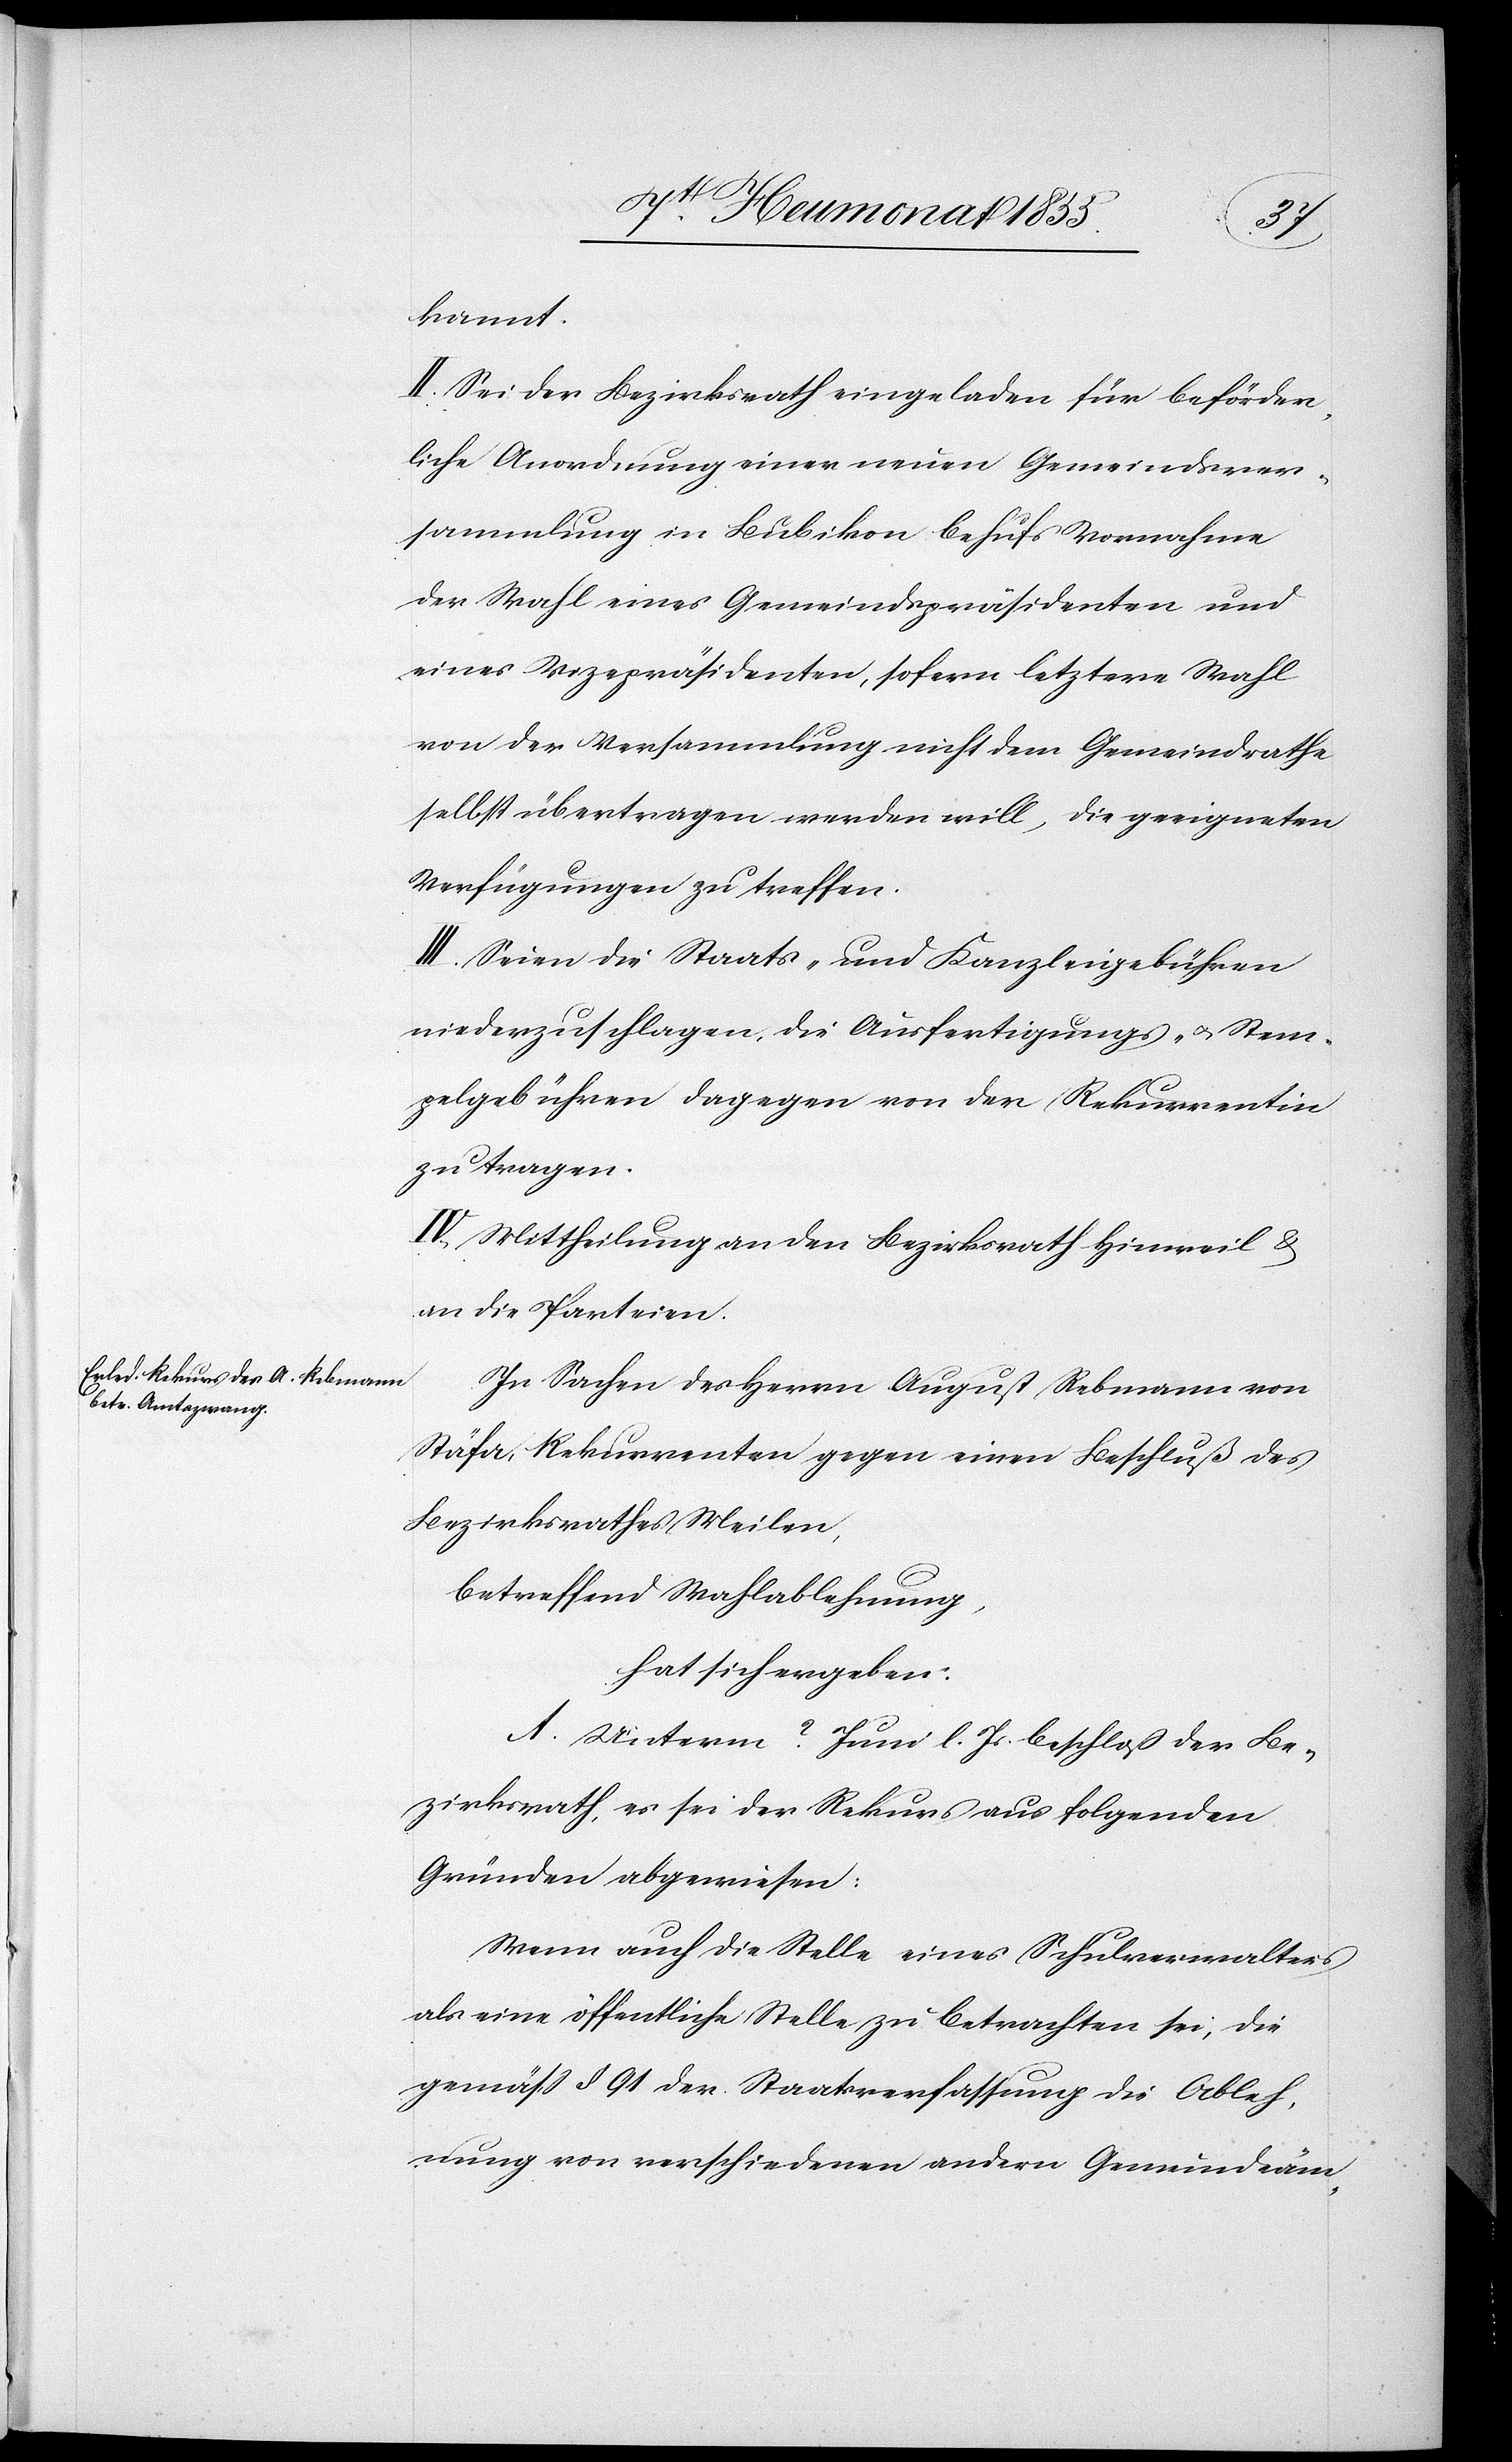
kannt.
II. Sei der Bezirksrath eingeladen für beförder¬
liche Anordnung einer neuen Gemeindsver¬
sammlung in Bubikon behufs Vornahme
der Wahl eines Gemeindspräsidenten und
eines Vizepräsidenten, sofern letztere Wahl
von der Versammlung nicht dem Gemeindrathe
selbst übertragen werden will, die geeigneten
Verfügungen zu treffen.
III. Seien die Staats- und Kanzleigebühren
niederzuschlagen, die Ausfertigungs- & Stem¬
pelgebühren dagegen von der Rekurrentin
zu tragen.
IV, Mittheilung an den Bezirksrath Hinweil &
an die Parteien.
In Sachen des Herrn August Rebmann von
Stäfa, Rekurrenten gegen einen Beschluß des
Bezirksrathes Meilen,
betreffend Wahlablehnung,
hat sich ergeben:
A. Unterm ? Juni l. Js. beschloß der Be¬
zirksrath, es sei der Rekurs aus folgenden
Gründen abgewiesen:
Wenn auch die Stelle eines Schulverwalters
als eine öffentliche Stelle zu betrachten sei, die
gemäss § 91 der Staatsverfassung die Ableh¬
nung von verschiedenen andern Gemeindeäm-